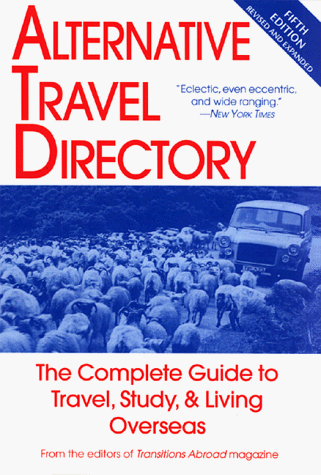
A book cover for Alternative Travel Directory; Clayton Hubbs; Business & Money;